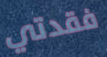
فقدتي